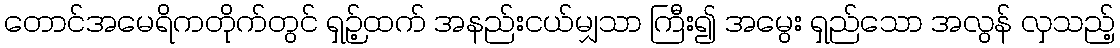
တောင်အမေရိကတိုက်တွင် ရှဉ့်ထက် အနည်းငယ်မျှသာ ကြီး၍ အမွေး ရှည်သော အလွန် လှသည့်